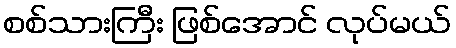
စစ်သားကြီး ဖြစ်အောင် လုပ်မယ်